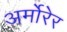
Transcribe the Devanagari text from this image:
अर्मोरेर